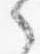
之